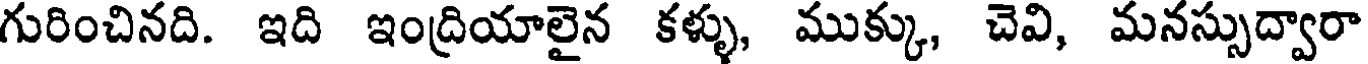
గురించినది. ఇది ఇంద్రియాలైన కళ్ళు, ముక్కు, చెవి, మనస్సుద్వారా